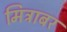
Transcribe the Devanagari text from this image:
मित्राबर